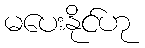
မပေးနိုင်ဟု